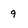
Character: q